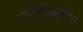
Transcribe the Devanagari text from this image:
फारेन्हाइट